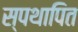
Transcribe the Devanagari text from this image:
स्पथापित